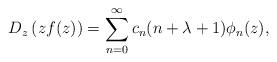
LaTeX: \begin{align*}D_{z}\left(zf(z)\right)=\sum_{n=0}^{\infty}c_{n}(n+\lambda+1)\phi_{n}(z),\end{align*}